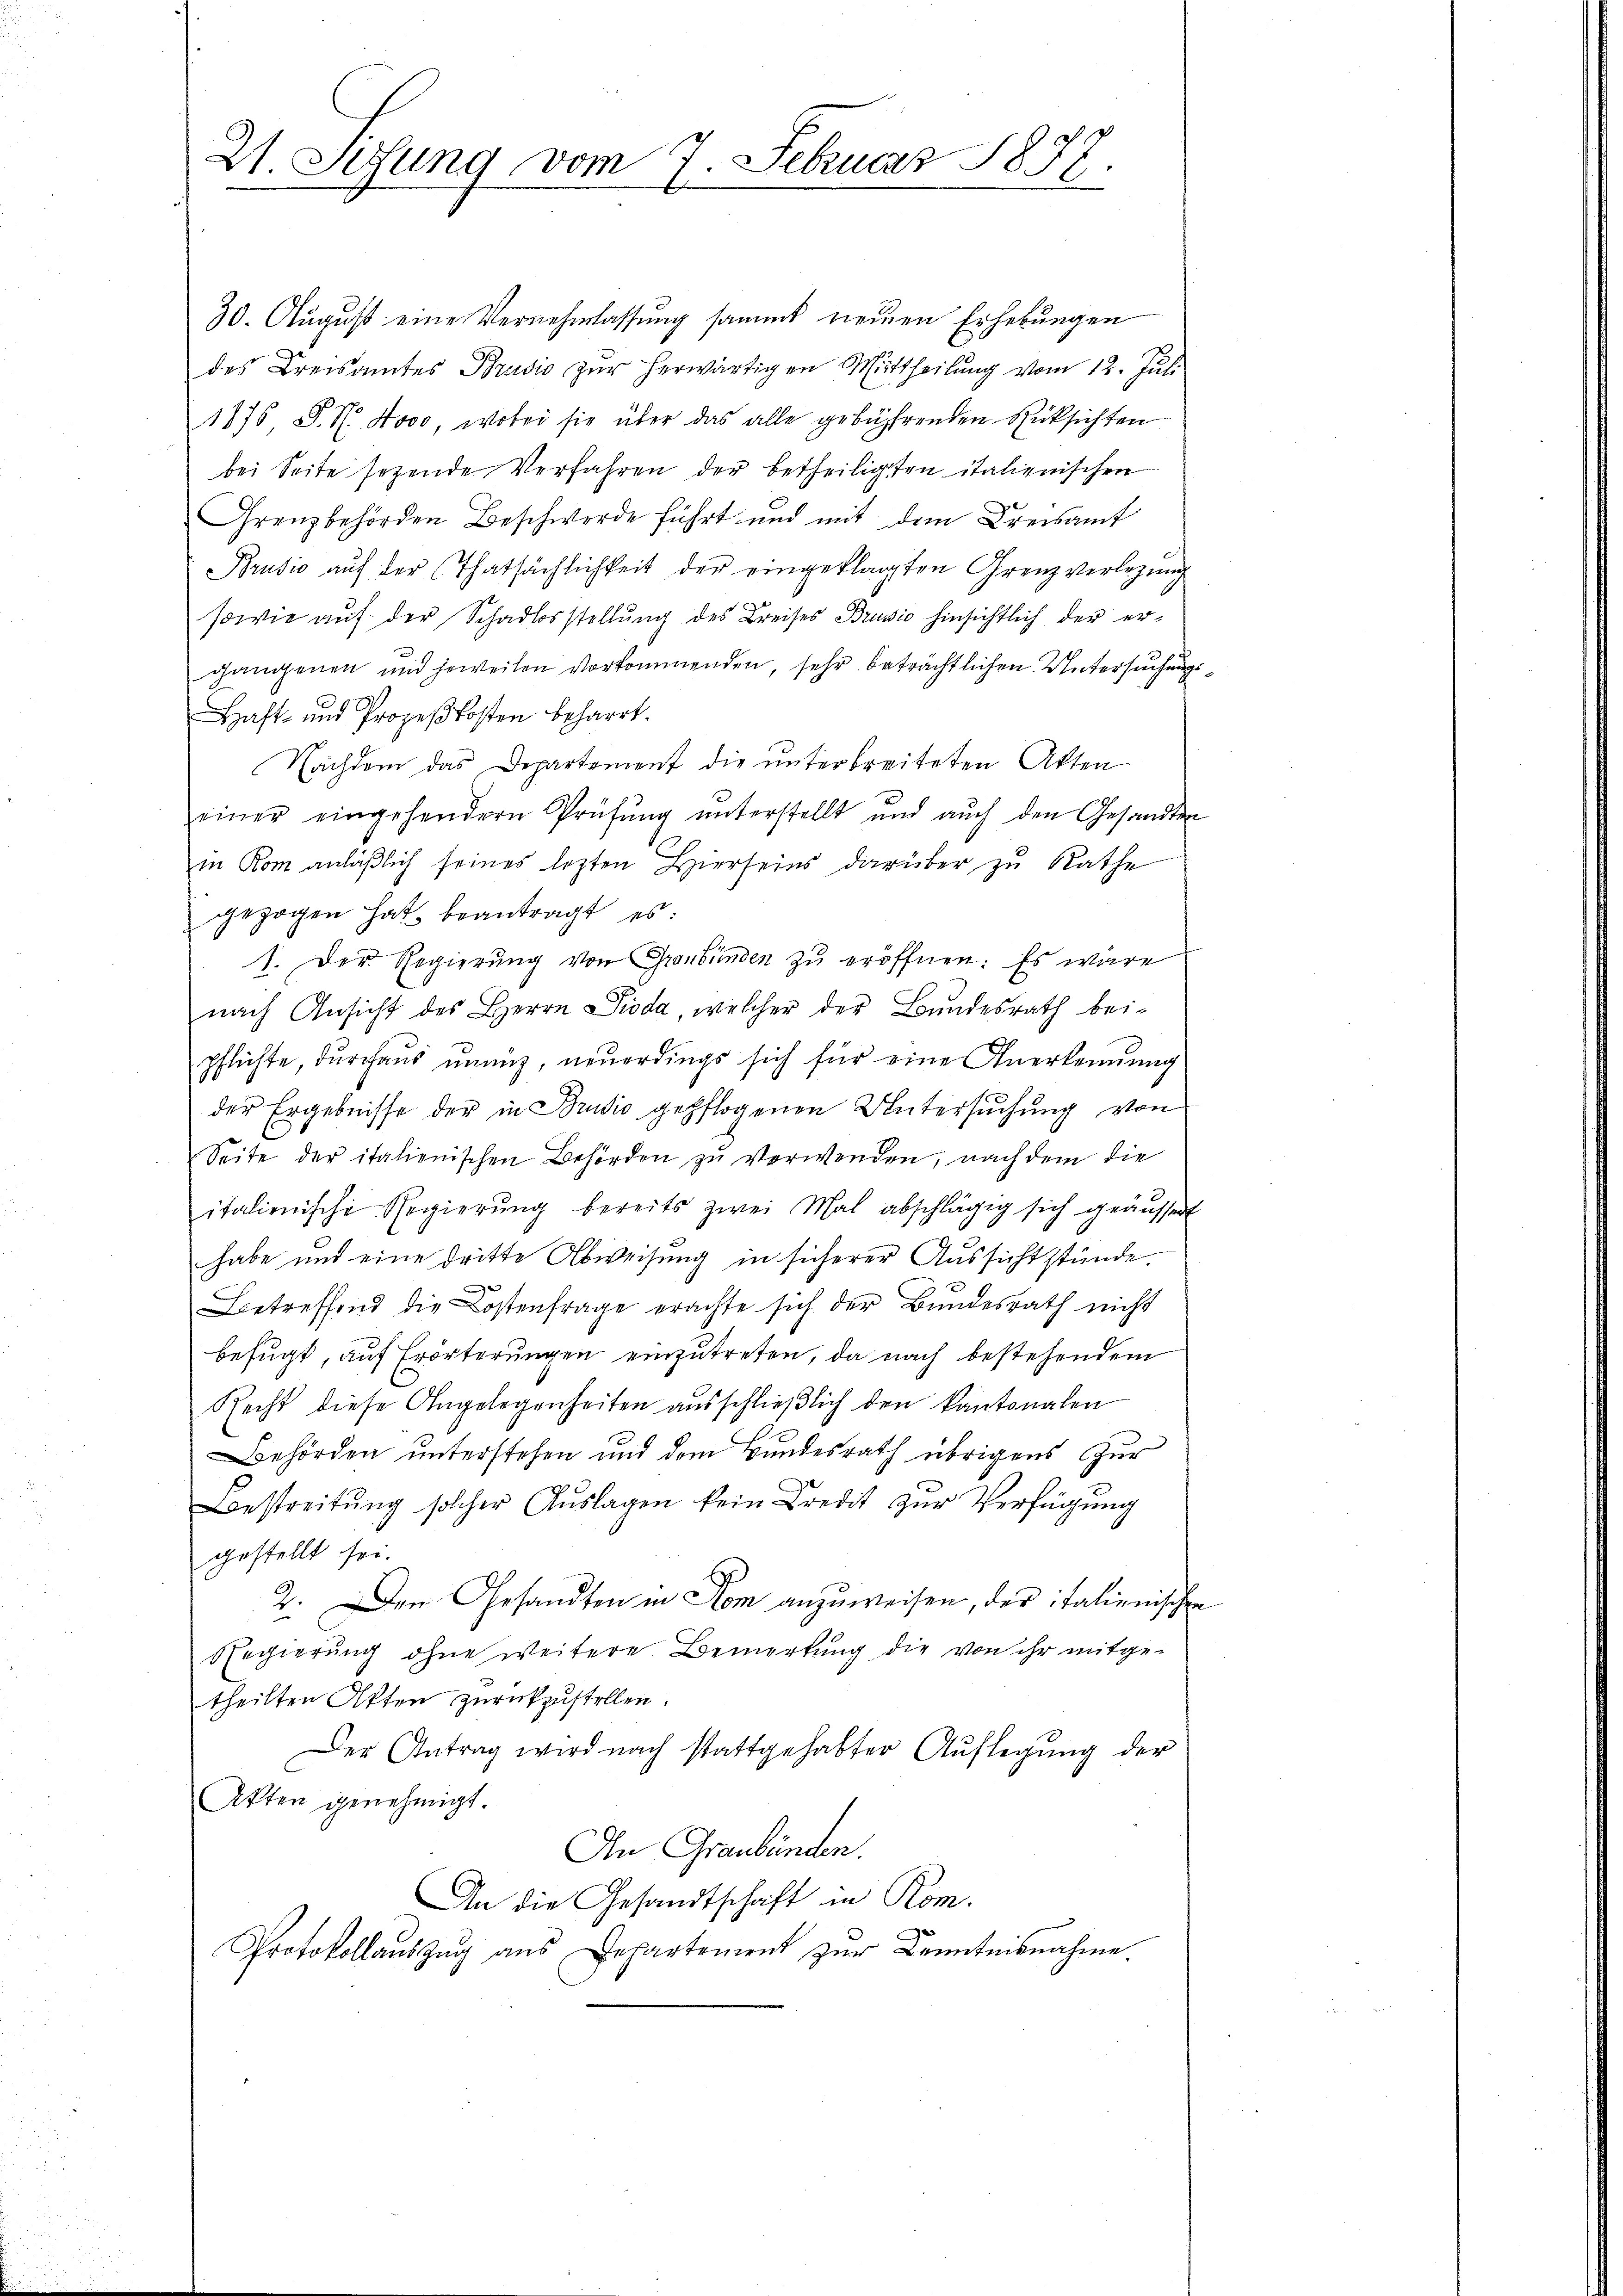
21. Sitzung vom 7. Februarz 1877

30. August eine Vernehmlassung sammt neuen Erhebungen
des Kreisamtes Brudis zur herwärtigen Mittheilung vom 12. Juli
1875 P. Nr. 4000, wobei sie über das alle gebührenden Rücksichten
bei Seite sezende Verfahren der betheiligten italienischen
Grenzbehörden Beschwerde führt und mit dem Kreisamt
Brusić auf der Thatsächlichkeit der eingeklagten Grenz verlegung
sowie auf der Schadlosstellung des Kreises Brusio hinsichtlich der ergangenen und jeweilen vorkommenden, sehr beträchtlichen Untersuchung
Haft- und Prozeßkosten beharrt.
Nachdem das Departement die unterbreiteten Akten
einer eingehendern Prüfŭng ŭnterstellt und aŭch den Gesandten
in Rom anläβlich seines lezten Hierseins darüber zu Rathe
gezogen hat, beantragt es:
1. Der Regierung von Graubünden zu eröffnen: Es wäre
nach Ansicht des Herrn Pioda, welcher der Bundesrath bei-
pflichte, durchaus unmiz, neuerdings sich für eine Anerkennung
der Ergebnisse der in Brusio gepflogenen Untersuchung von
Seite der italienischen Behörden zu verwenden, nach dem die
italienische Regierŭng bereits zwei Mal abschlägig sich geäussert
habe und eine dritte Abweisung in sicherer Aussichtstünde.
Betreffend die Kostenfrage erachte sich der Bundesrath nicht
befugt, auf Erörterungen einzutreten, da nach bestehendem
Recht diese Angelegenheiten ausschließlich den kantonalen
Behörden unterstehen und dem Bundesrath übrigens zur
Bestreitŭng solcher Aŭslagen kein Credit zŭr Verfügŭng
gestellt sei.
2. Den Gesandten in Rom anzuweisen, der italienischen
Regierung ohne weitere Bemerkung die von ihr mitgetheilten Akten zurückzustellen.
Der Antrag wird nach stattgehabter Auflegung der
Akten genehmigt.
In Graubünden.
An die Gesandtschaft in Rom.
Protokollauszug aus Departement zur Kenntnisnahme.